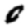
Digit: 0